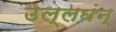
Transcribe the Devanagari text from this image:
उल्लघंन्